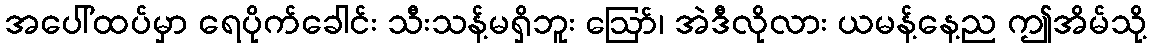
အပေါ်ထပ်မှာ ရေပိုက်ခေါင်း သီးသန့်မရှိဘူး ဪ၊ အဲဒီလိုလား ယမန့်နေ့ည ဤအိမ်သို့